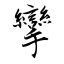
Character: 攣